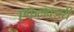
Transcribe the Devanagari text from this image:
एकलक्ज़री